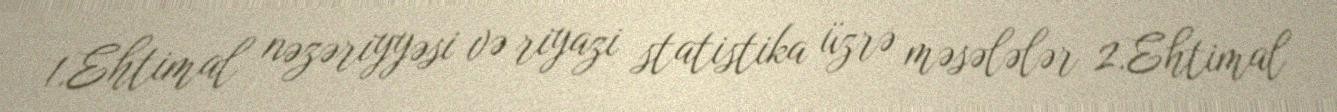
1.Ehtimal nəzəriyyəsi və riyazi statistika üzrə məsələlər 2.Ehtimal